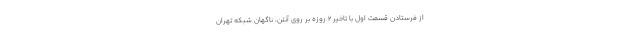
از فرستادن قسمت اول با تاخیر 2 روزه بر روی آنتن، ناگهان شبکه تهران